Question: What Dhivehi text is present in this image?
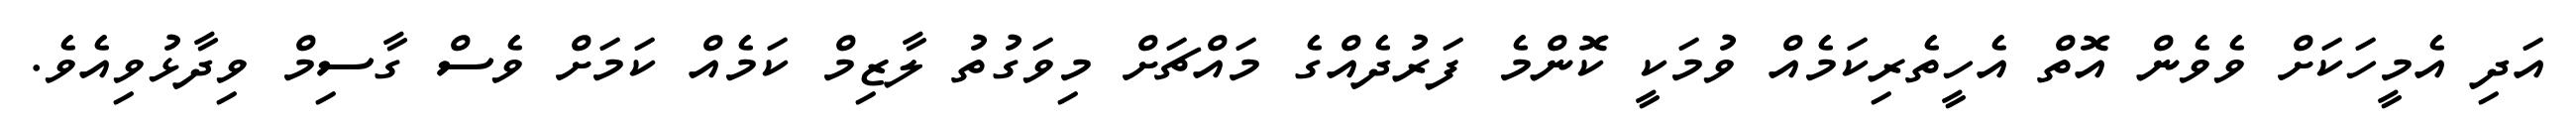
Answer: އަދި އެމީހަކަށް ވެވެން އޮތް އެހީތެރިކަމެއް ވުމަކީ ކޮންމެ ފަރުދެއްގެ މައްޗަށް މިވަގުތު ލާޒިމް ކަމެއް ކަމަށް ވެސް ގާސިމް ވިދާޅުވިއެވެ.